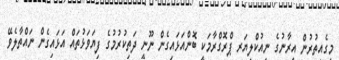
މީގެއިތުރުން އީރާނުގެ ނިއުކްލިޔަރ ޕްރޮގްރާމަކީ ބޮންއަޅައިގެން ނޫނީ ދަތިކުރުމުގެ ފިޔަވަޅުތައް އަޅައިގެން ނައްތާލެވޭ